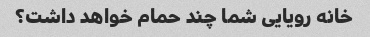
خانه رویایی شما چند حمام خواهد داشت؟